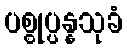
ပစ္စုပ္ပန္နသုခံ